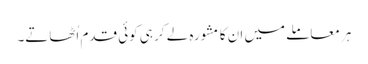
ہر معاملے میں ان کا مشورہ لے کر ہی کوئی قدم اُٹھاتے۔